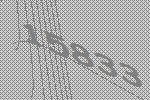
15833